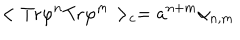
LaTeX: < \mathrm { T r } \varphi ^ { n } \mathrm { T r } \varphi ^ { m } > _ { c } = { a } ^ { n + m } \alpha _ { n , m }